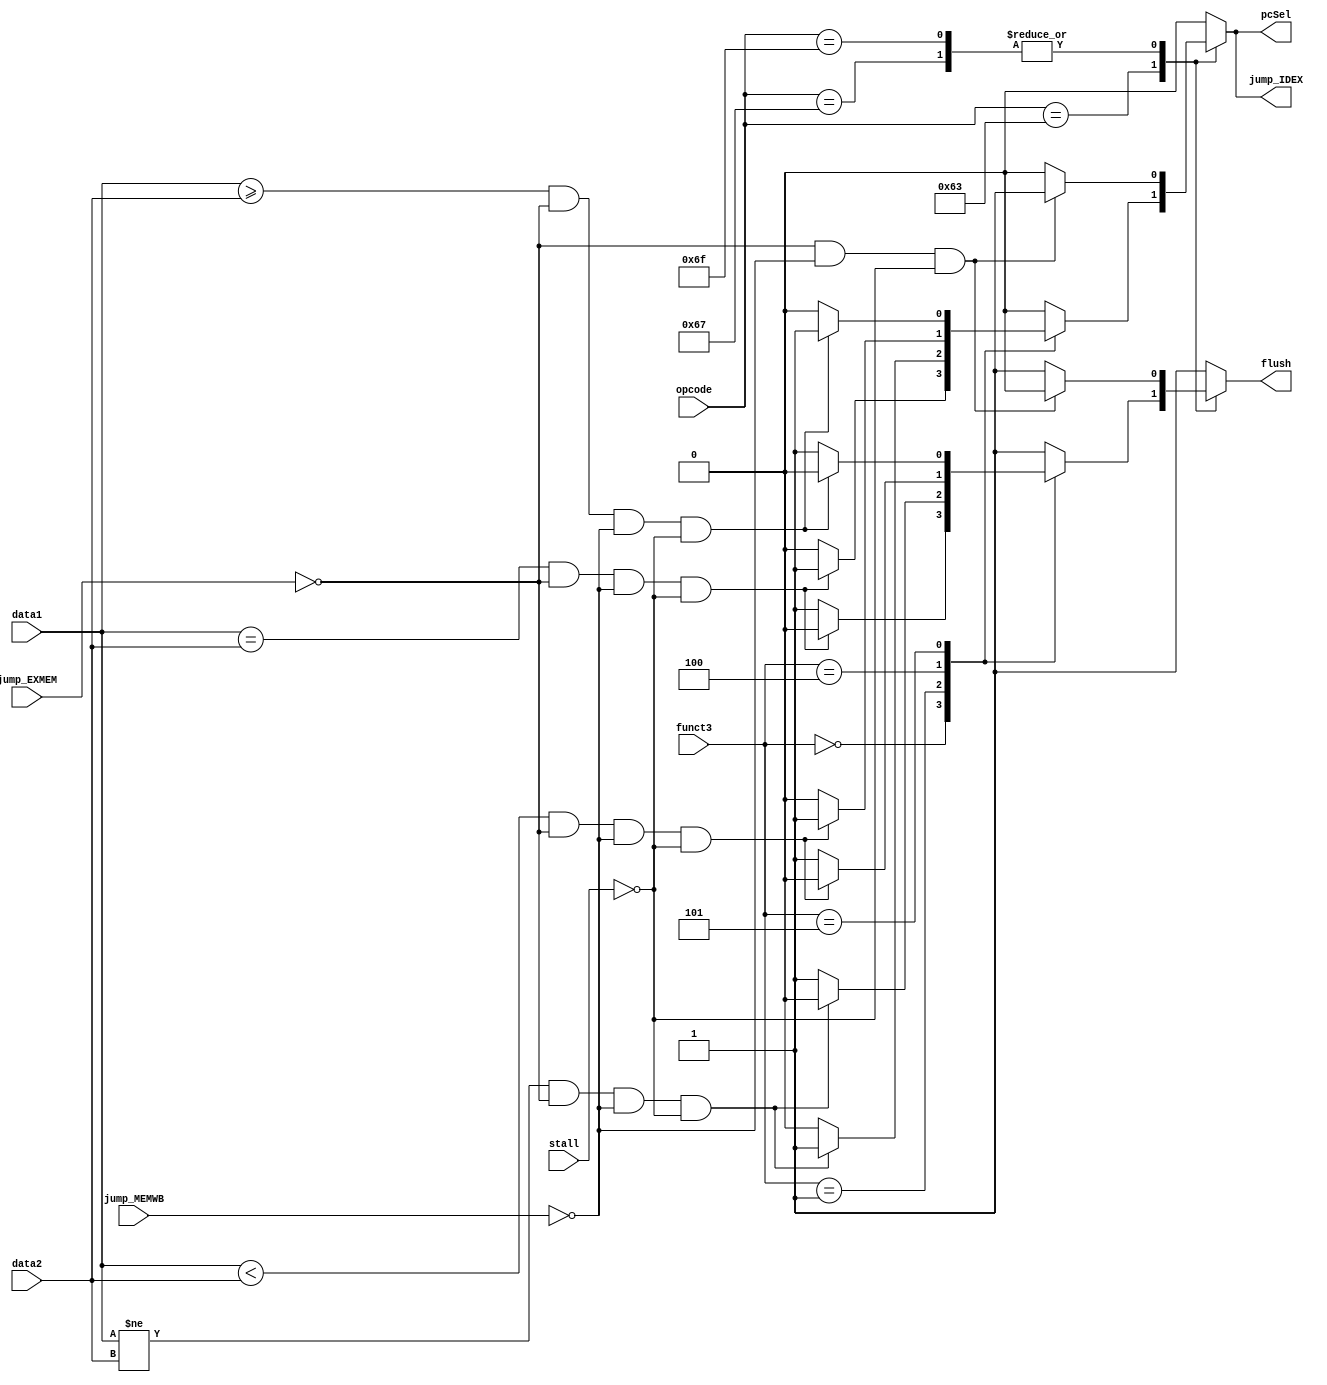
/* verilator lint_off NULLPORT */
/* verilator lint_off UNUSEDSIGNAL */
module BranchCmp(
    input [31:0] data1,
    input [31:0] data2,
    input [6:0] opcode,
    input [2:0] funct3,
    input jump_EXMEM,
    input jump_MEMWB,
    input stall,
    output reg flush,
    output reg pcSel,
    output reg jump_IDEX
);
    always @(*) begin
        case(opcode)
            7'b1100011: begin // B type
                case(funct3)
                    3'b000: begin // beq
                        if(data1 == data2 && jump_EXMEM != 1'b1 && jump_MEMWB != 1'b1 && stall != 1'b1) begin
                            flush = 1'b0;
                            pcSel = 1'b1;
                            jump_IDEX = 1'b1;
                        end
                        else begin
                            flush = 1'b1;
                            pcSel = 1'b0;
                            jump_IDEX = 1'b0;
                        end
                    end
                    3'b001: begin // bne
                        if(data1 != data2 && jump_EXMEM != 1'b1 && jump_MEMWB != 1'b1 && stall != 1'b1) begin
                            flush = 1'b0;
                            pcSel = 1'b1;
                            jump_IDEX = 1'b1;
                        end
                        else begin
                            flush = 1'b1;
                            pcSel = 1'b0;
                            jump_IDEX = 1'b0;
                        end
                    end
                    3'b100: begin // blt
                        if(data1 < data2 && jump_EXMEM != 1'b1 && jump_MEMWB != 1'b1 && stall != 1'b1) begin
                            flush = 1'b0;
                            pcSel = 1'b1;
                            jump_IDEX = 1'b1;
                        end
                        else begin
                            flush = 1'b1;
                            pcSel = 1'b0;
                            jump_IDEX = 1'b0;
                        end
                    end
                    3'b101: begin // bge
                        if(data1 >= data2 && jump_EXMEM != 1'b1 && jump_MEMWB != 1'b1 && stall != 1'b1) begin
                            flush = 1'b0;
                            pcSel = 1'b1;
                            jump_IDEX = 1'b1;
                        end
                        else begin
                            flush = 1'b1;
                            pcSel = 1'b0;
                            jump_IDEX = 1'b0;
                        end
                    end
                    default: begin
                        flush = 1'b1;
                        pcSel = 1'b0;
                        jump_IDEX = 1'b0;
                    end
                endcase
            end
            7'b1101111, 7'b1100111: begin // jal, jalr
                if (jump_EXMEM != 1'b1 && jump_MEMWB != 1'b1 && stall != 1'b1) begin
                    flush = 1'b0;
                    pcSel = 1'b1;
                    jump_IDEX = 1'b1;
                end else begin
                    flush = 1'b1;
                    pcSel = 1'b0;
                    jump_IDEX = 1'b0;
                end 
            end
            default: begin
                flush = 1'b1;
                pcSel = 1'b0;
                jump_IDEX = 1'b0;
            end
        endcase
    end
endmodule